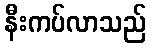
နီးကပ်လာသည်